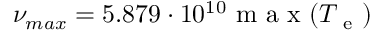
\nu _ { m a x } = 5 . 8 7 9 \cdot 1 0 ^ { 1 0 } \mathrm { ~ m ~ a ~ x ~ } ( T _ { \mathrm { ~ e ~ } } )